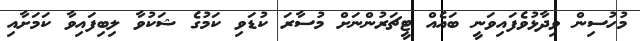
މުހުސިން ވިދާޅުވެފައިވަނީ ބައެއް ޓީޗަރުންނަށް މުސާރަ ކުޑަވި ކަމުގެ ޝަކުވާ ލިބިފައިވާ ކަމަށާއި